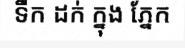
ទឹក ដក់ ក្នុង ភ្នែក